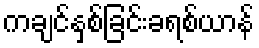
ကချင်နှစ်ခြင်းခရစ်ယာန်